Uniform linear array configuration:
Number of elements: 4
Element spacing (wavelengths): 0.75
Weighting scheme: binomial
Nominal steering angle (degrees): -45
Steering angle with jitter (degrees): -46.958
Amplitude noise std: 0.05
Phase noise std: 0.05

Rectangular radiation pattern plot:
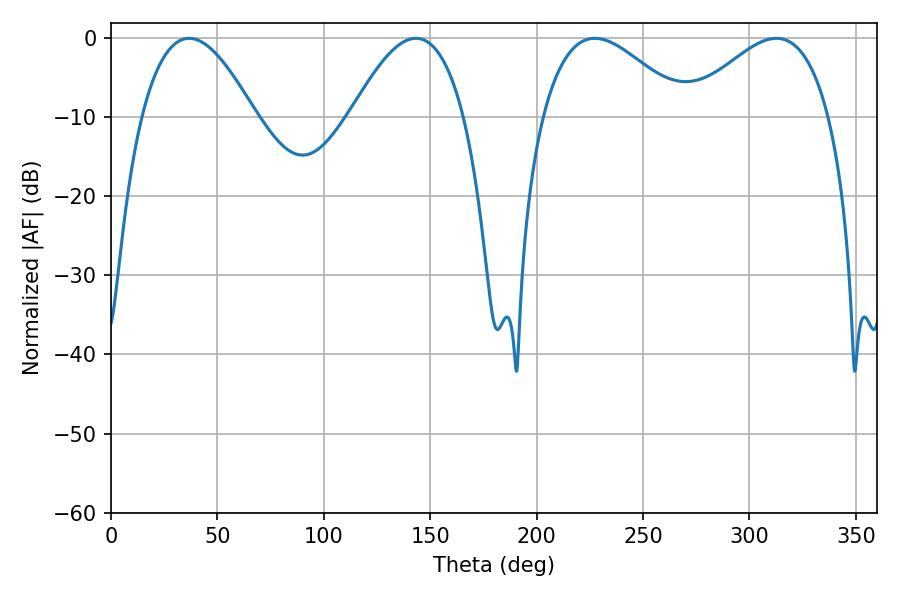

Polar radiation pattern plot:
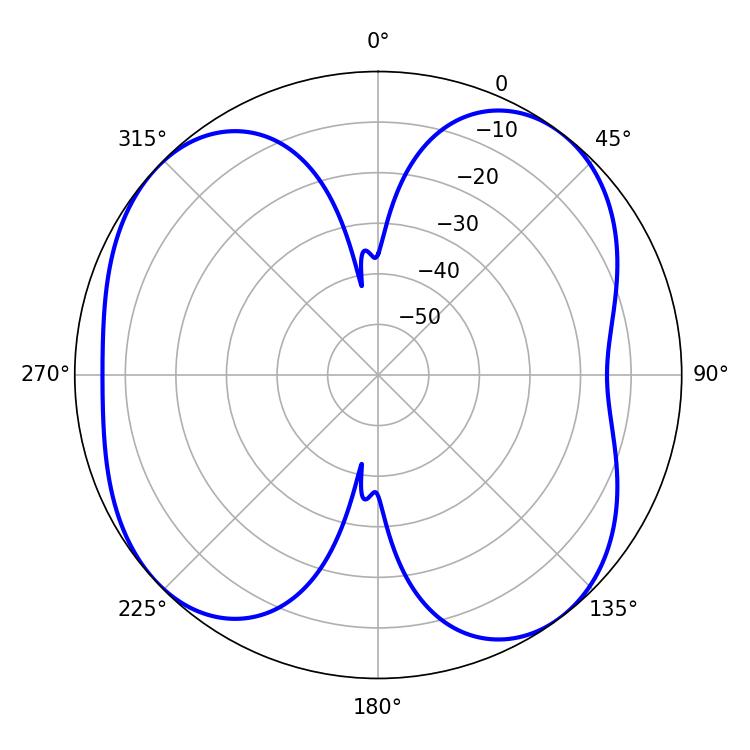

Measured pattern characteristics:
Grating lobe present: TRUE
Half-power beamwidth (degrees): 28.98
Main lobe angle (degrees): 36.72